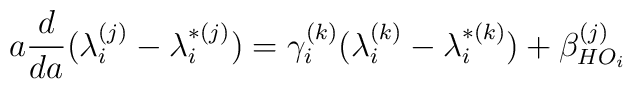
a \frac{d}{da} (\lambda_i^{(j)}-\lambda_i^{*(j)}) = \gamma_i^{(k)} (\lambda_i^{(k)}-\lambda_i^{*(k)}) + \beta_{HO_i}^{(j)}